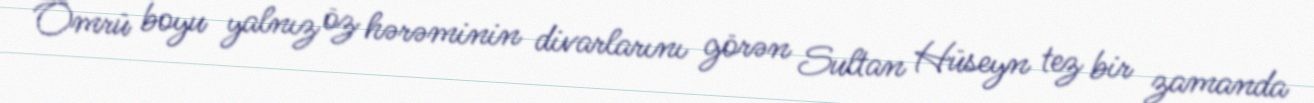
Ömrü boyu yalnız öz hərəminin divarlarını görən Sultan Hüseyn tez bir zamanda